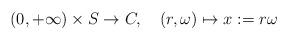
LaTeX: \begin{align*} (0,+\infty)\times S \to C,\ \ \ (r,\omega)\mapsto x:=r\omega \end{align*}